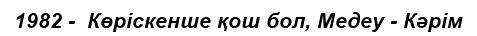
1982 -  Көріскенше қош бол, Медеу - Кәрім